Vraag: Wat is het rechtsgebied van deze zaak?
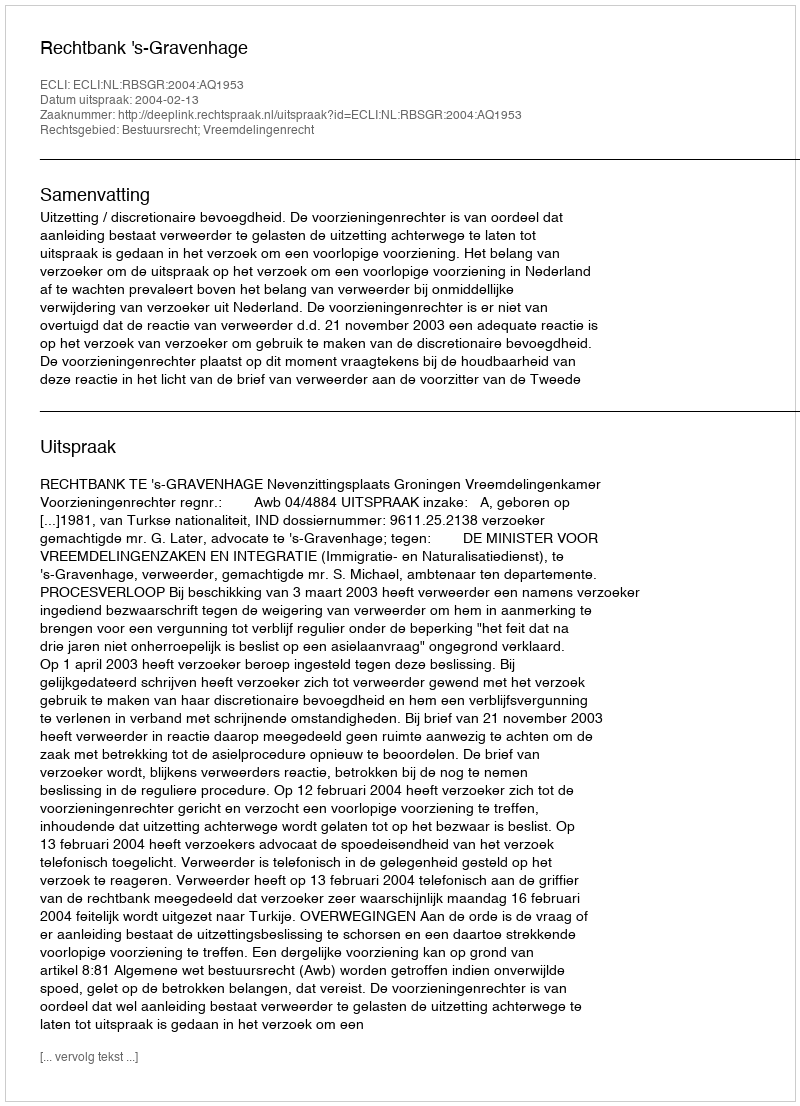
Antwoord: Bestuursrecht; Vreemdelingenrecht